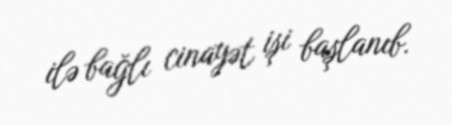
ilə bağlı cinayət işi başlanıb.